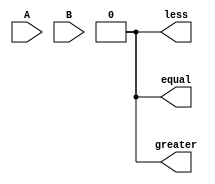
module parallel_comparator (
    input [7:0] A,
    input [7:0] B,
    output wire equal,
    output wire greater,
    output wire less
);

wire [7:0] equal_stage1;
wire [7:0] equal_stage2;
wire [7:0] equal_stage3;
// Add more stages as needed

assign equal_stage1 = A == B;
assign equal_stage2 = (A[6:0] == B[6:0]) && (A[7] > B[7]);
assign equal_stage3 = (A[5:0] == B[5:0]) && (A[6:7] > B[6:7]);

// Implement additional stages as needed

assign equal = equal_stage1[0] & equal_stage1[1] & equal_stage1[2] & equal_stage1[3]
                & equal_stage1[4] & equal_stage1[5] & equal_stage1[6] & equal_stage1[7];
assign greater = equal_stage2[0] & equal_stage2[1] & equal_stage2[2] & equal_stage2[3]
                & equal_stage2[4] & equal_stage2[5] & equal_stage2[6] & equal_stage2[7];
assign less = equal_stage3[0] & equal_stage3[1] & equal_stage3[2] & equal_stage3[3]
                & equal_stage3[4] & equal_stage3[5] & equal_stage3[6] & equal_stage3[7];

endmodule